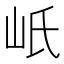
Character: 㞴